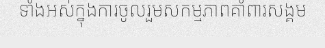
ទាំងអស់ក្នុងការចូលរួមសកម្មភាពគាំពារសង្គម